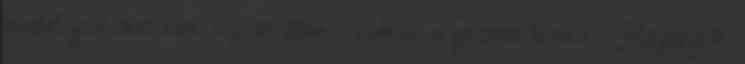
megbetegedéseket nem regisztráltak, ráadásul a guineai tanuló is felgyógyult.